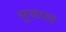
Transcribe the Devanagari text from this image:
सुयास्त